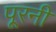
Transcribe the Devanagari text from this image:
पूरनी